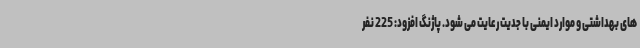
های بهداشتی و موارد ایمنی با جدیت رعایت می شود. پاژنگ افزود: 225 نفر